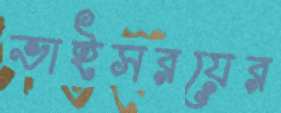
ভাইসরয়ের